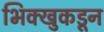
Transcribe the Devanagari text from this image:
भिक्खुकडून